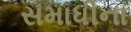
સમાધીના